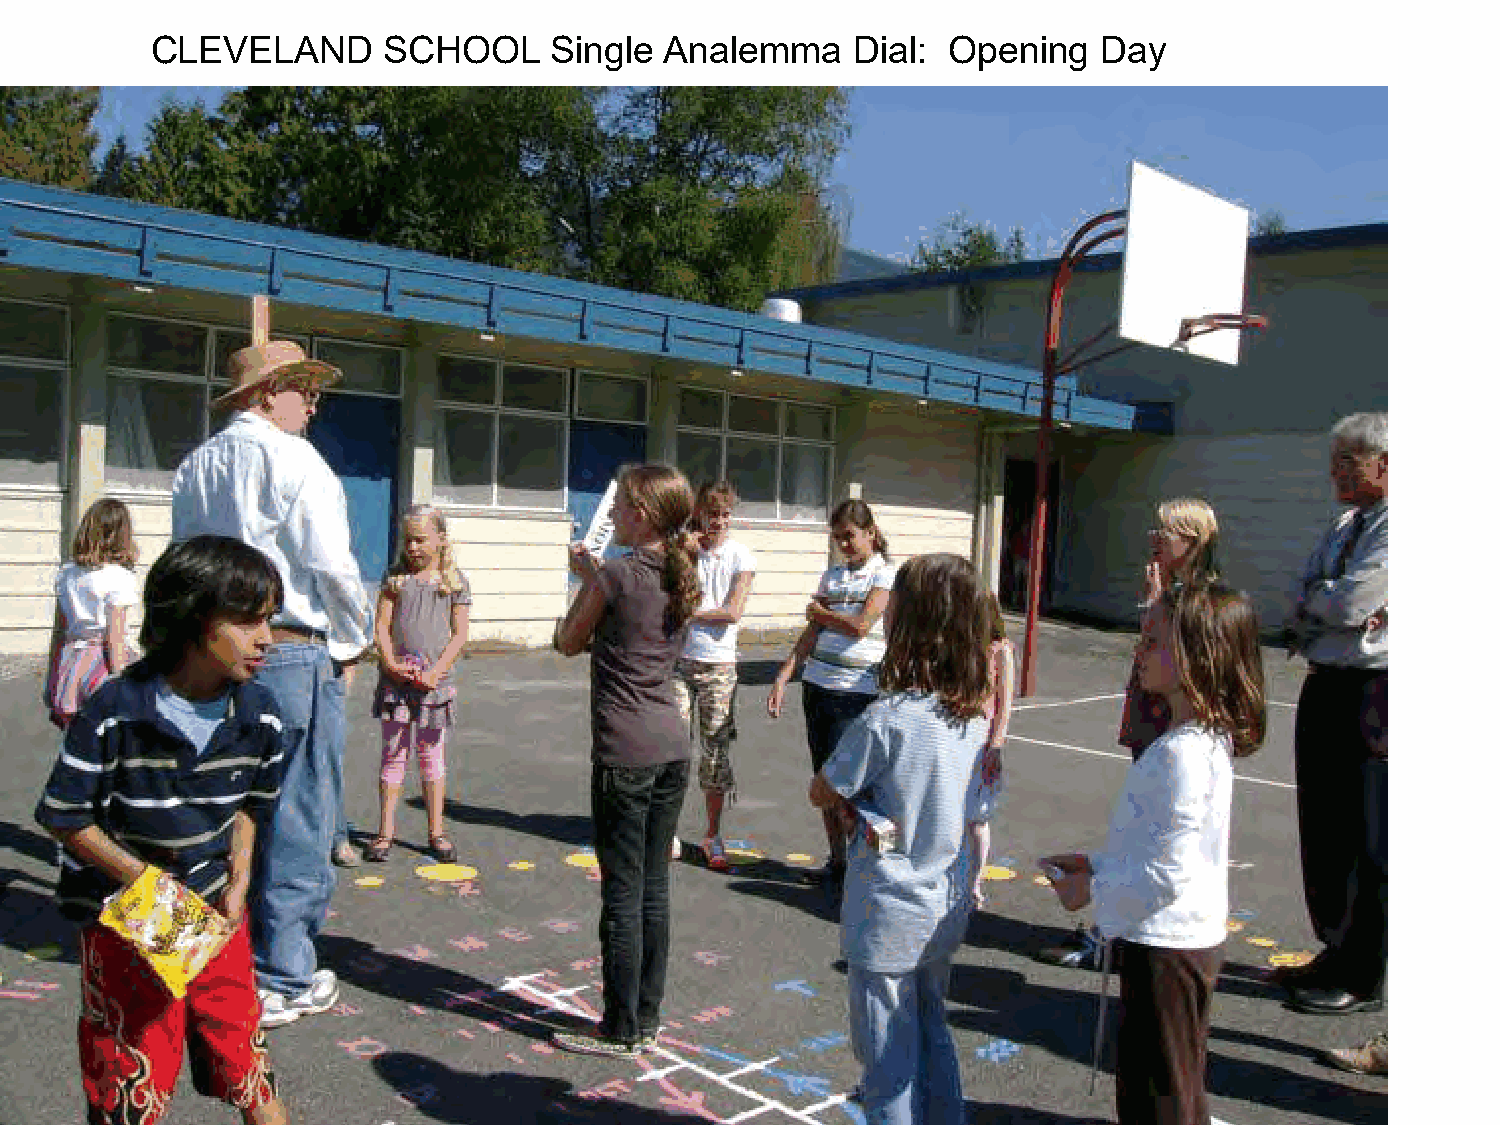
CLEVELAND      SCHOOL     Single  Analemma    Dial:  Opening   Day